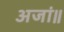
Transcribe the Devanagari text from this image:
अजां॥